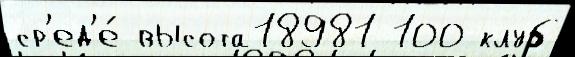
ср'ед'е́ высота18981 100 клуб